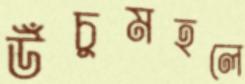
উঁচুমহলে